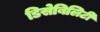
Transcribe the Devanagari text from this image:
डिसेबिलिटी